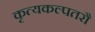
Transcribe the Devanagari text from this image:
कृत्यकल्पतरौ